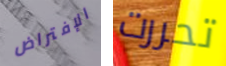
الإفتراض تحررت